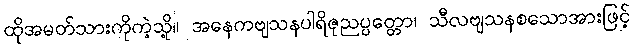
ထိုအမတ်သားကိုကဲ့သို့။ အနေကဗျသနပါရိဇုညပ္ပတ္တော၊ သီလဗျသနစသောအားဖြင့်